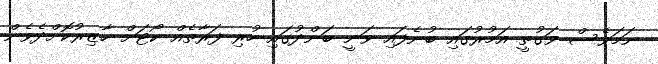
ނަމަވެސް ވަގުތީ އަމުރުގައި ބުނެފައި ވަނީ ބަންދުގައި ހުރި ފަރާތެއް ކޯޓަށް ހާޒިރުކޮށްދެވެން